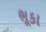
ભૂકા